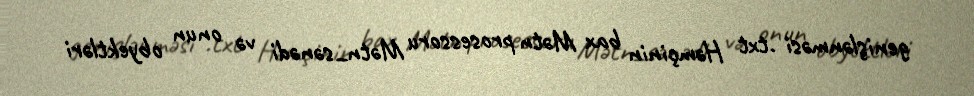
genişlənməsi .txt Həmçinin bax Mətn prosessoru Mətn_sənədi və onun obyektləri